NAE_ERA_R-1765_ENSV_Kirjanike_Liit_1945-1955, lk 17
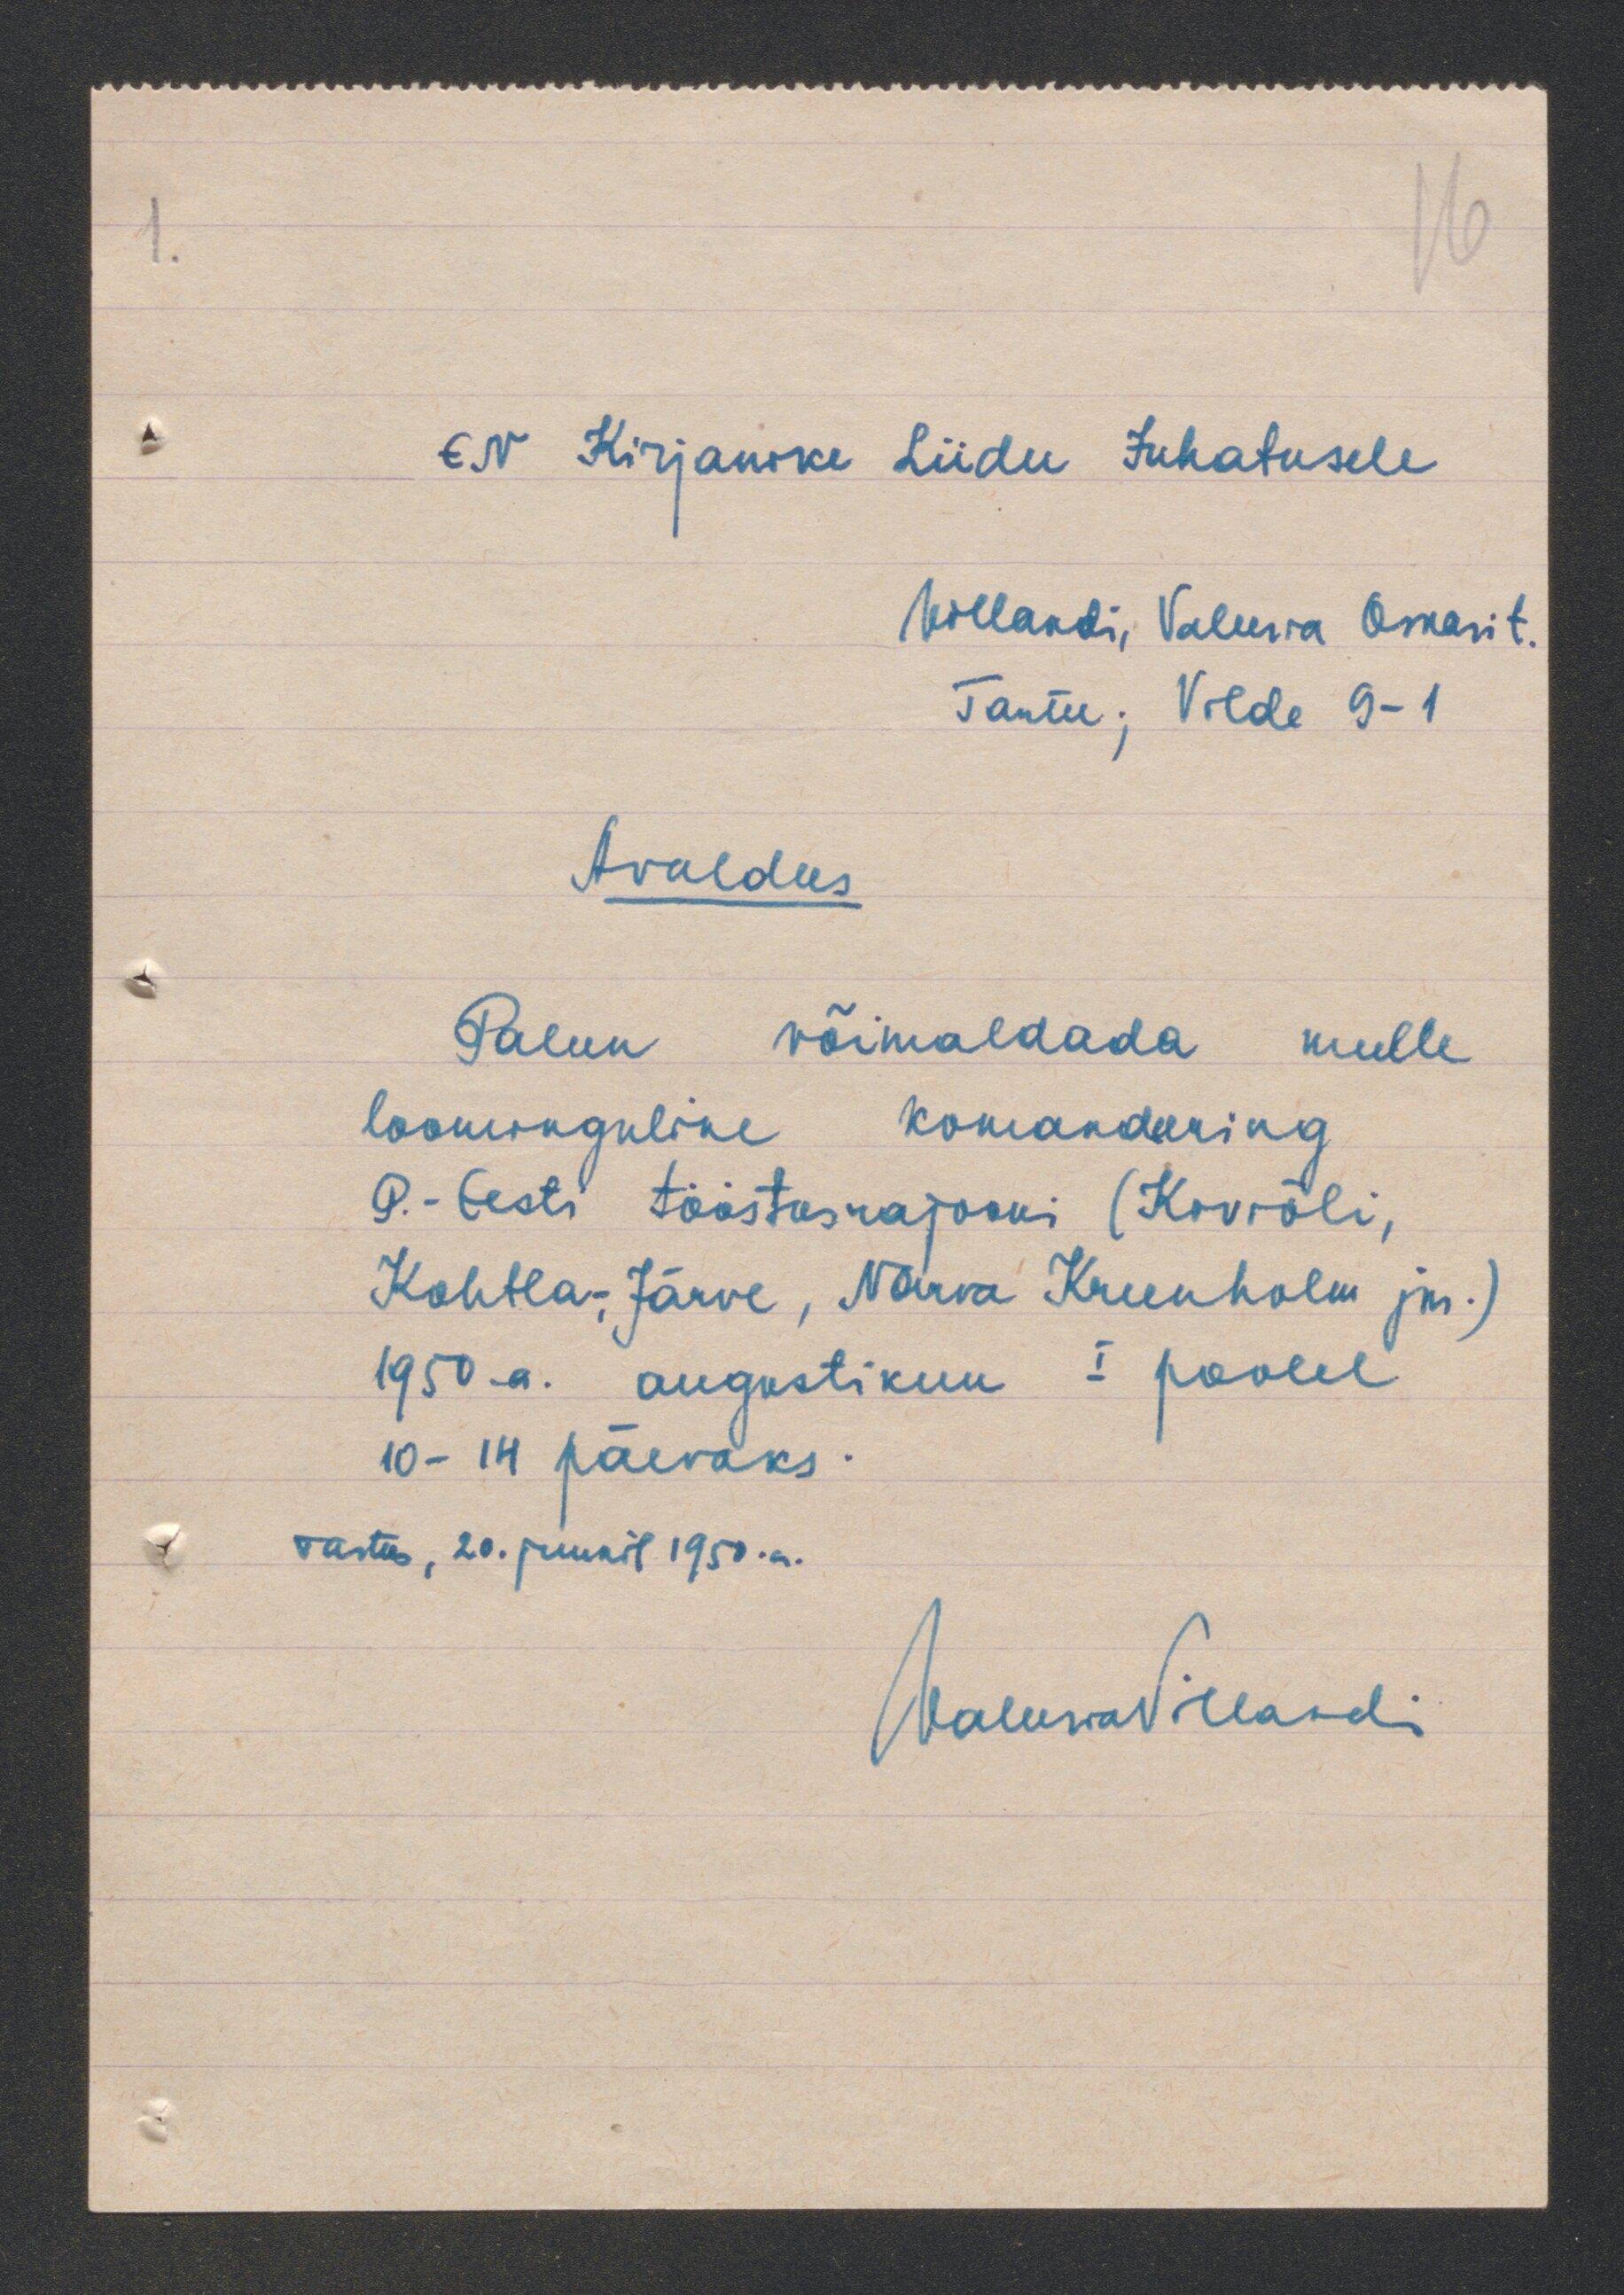
EN Kirjanike Liidu Juhatusele
Tantu; Vilde 9-1
Avaldus
Palun võimaldada mulle
loominguline komandeering
P.-Eesti tööstusrajooni (Kiviõli,
Kohtla-Järve, Narva Kreenholm jm.);
1950.a. augustikuu I poolel
10-14 päevaks
Tartus, 20. juunil 1950.a.